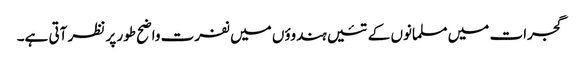
گجرات میں مسلمانوں کے تئیں ہندوؤں میں نفرت واضح طور پر نظر آتی ہے۔